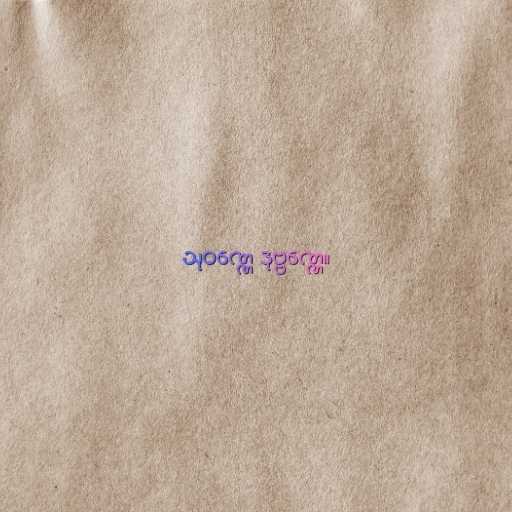
သုဝဏ္ဏေ ဒုဗ္ဗဏ္ဏေ။